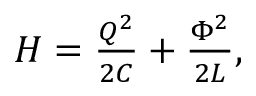
\begin{array} { r } { H = \frac { Q ^ { 2 } } { 2 C } + \frac { { \Phi } ^ { 2 } } { 2 L } , } \end{array}